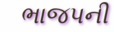
ભાજપની